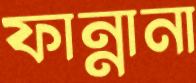
ফান্নানা